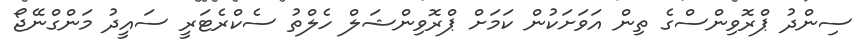
ސިންދު ޕްރޮވިންސްގެ ތިން އަވަށަކުން ކަމަށް ޕްރޮވިންޝަލް ހެލްތު ސެކްރެޓަރީ ސައީދު މަންގްނޭޖޯ